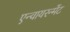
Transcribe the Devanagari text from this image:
एन्वायरन्मेंट